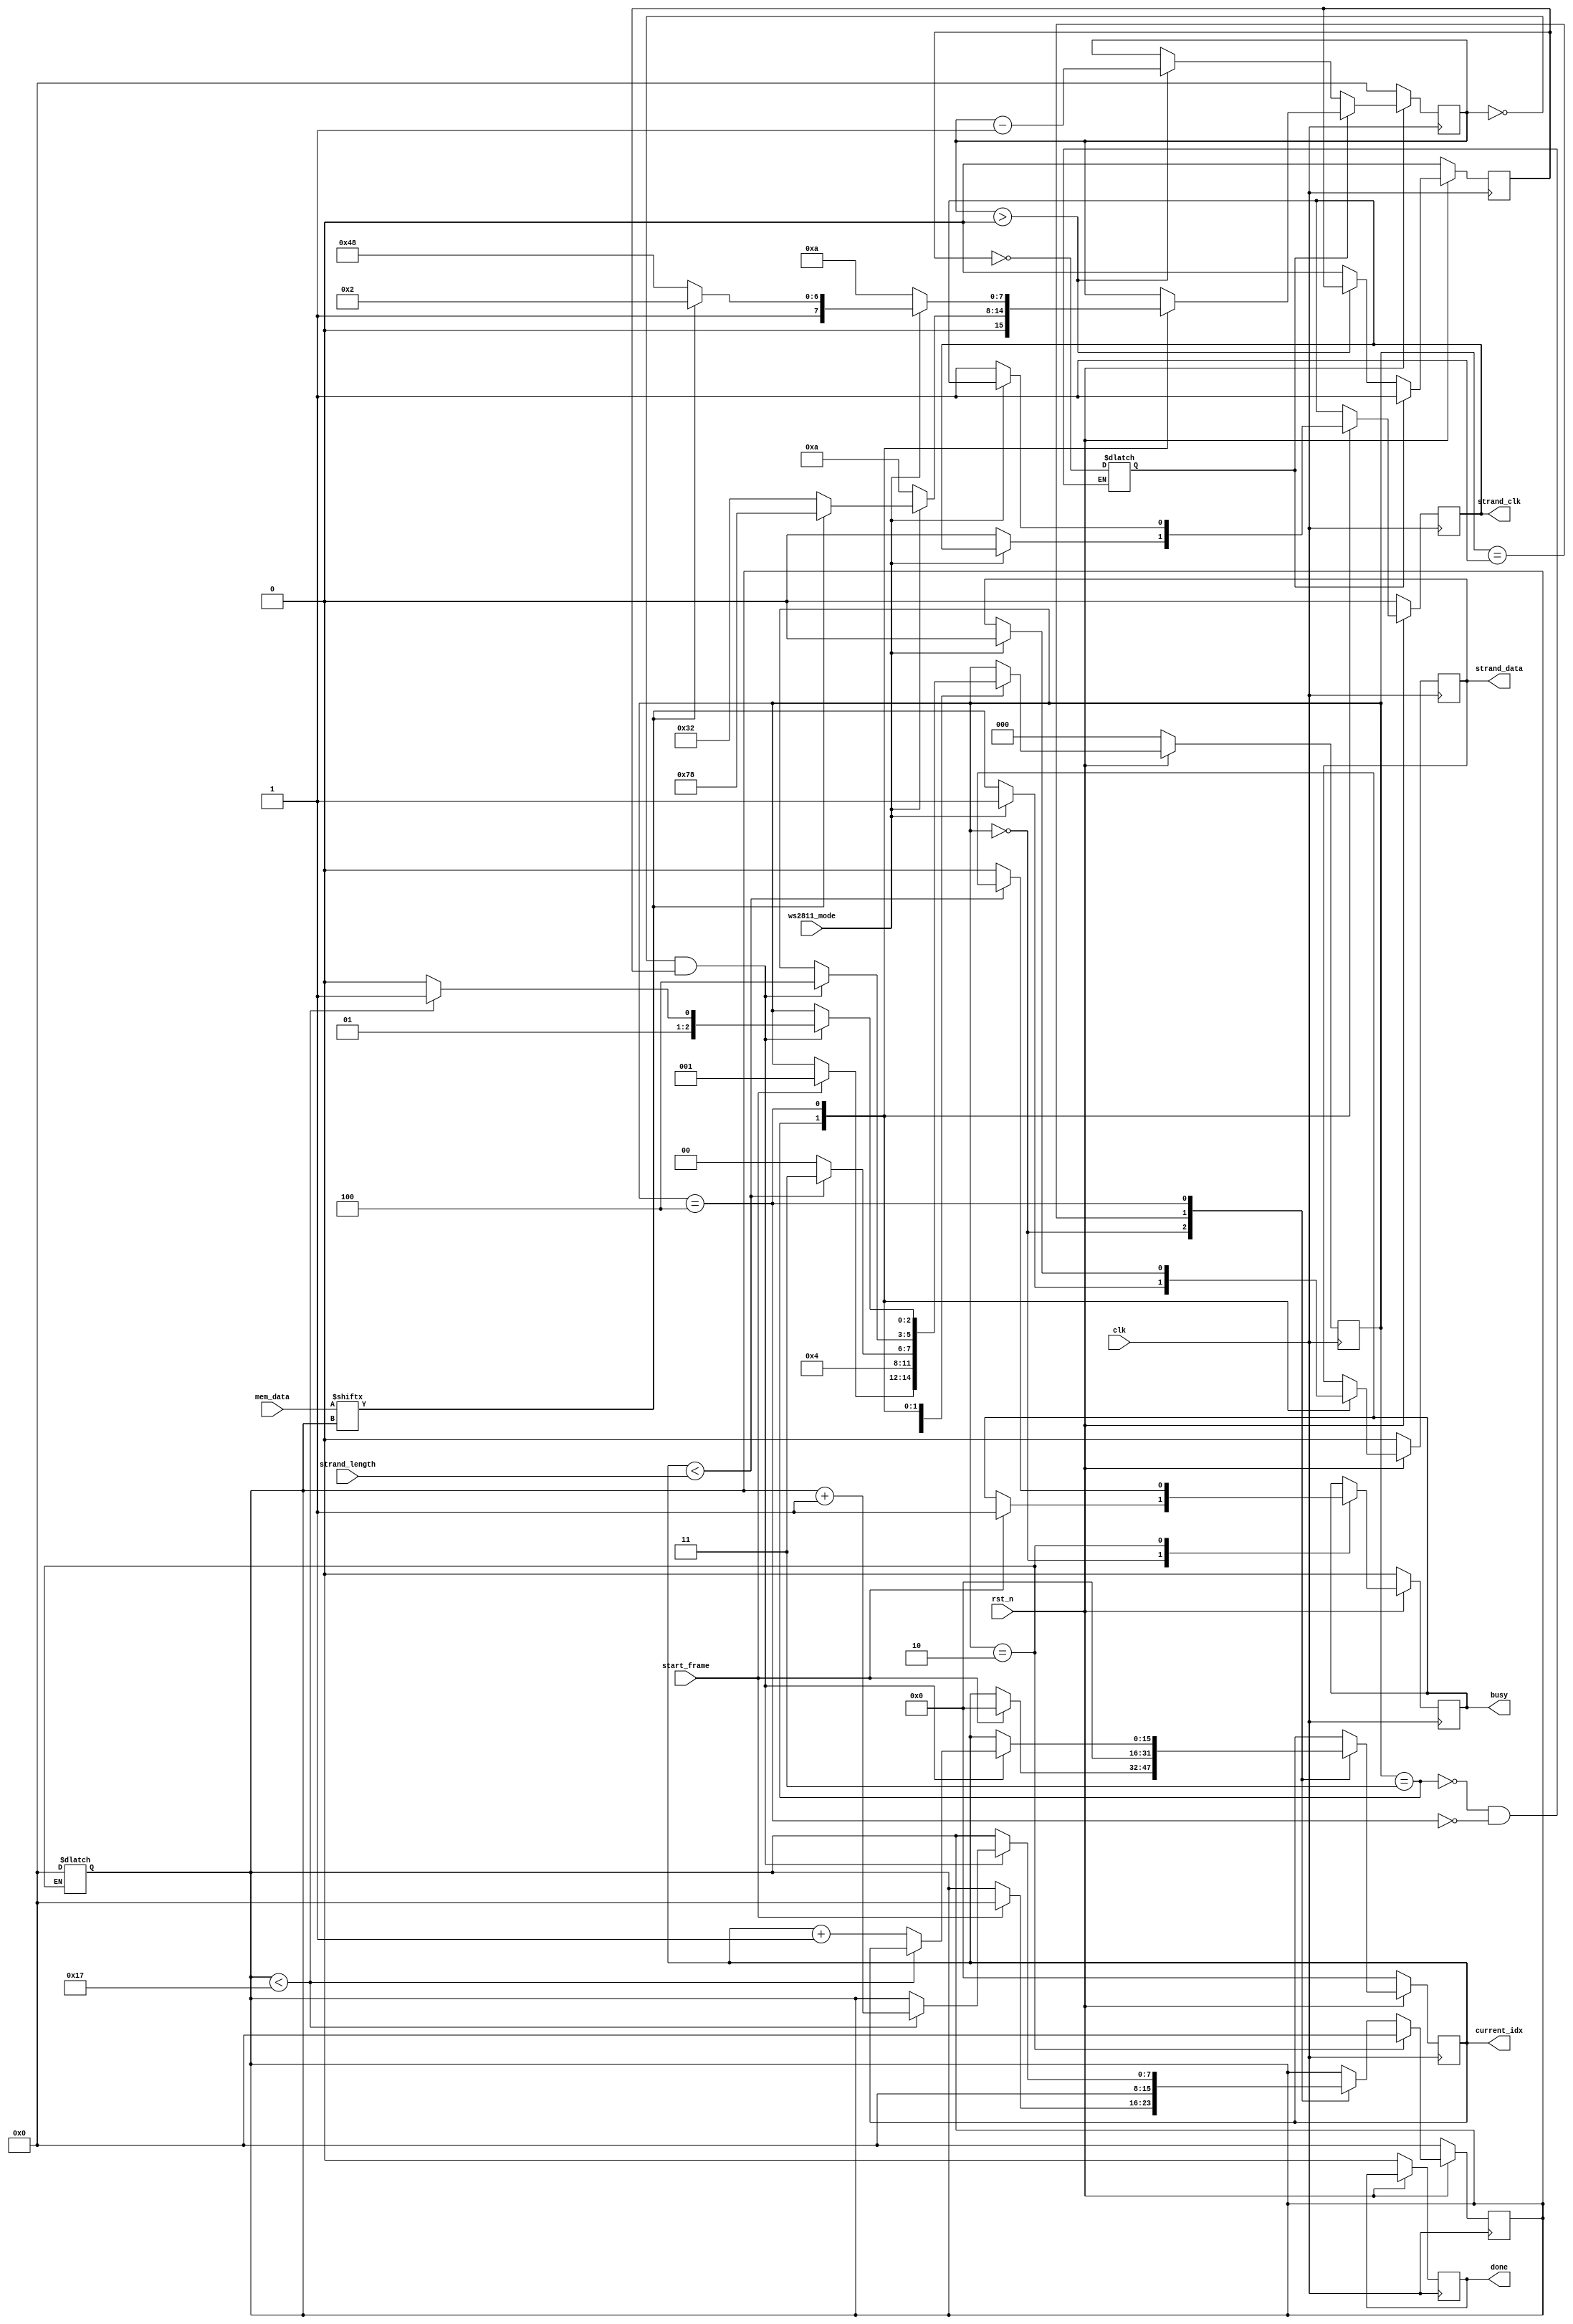
module strand_driver (
    clk,
    rst_n,
    ws2811_mode,
    strand_length,
    current_idx,
    mem_data,
    start_frame,
    busy,
    done,
    strand_clk,
    strand_data
    );

    parameter MEM_DATA_WIDTH = 24;
    parameter STRAND_PARAM_WIDTH = 16;

    input clk;
    input rst_n;

    // Parameter inputs (from registers)
    input ws2811_mode;
    input [STRAND_PARAM_WIDTH-1:0] strand_length;

    // Current pixel index (used to control the pixel RAM)
    output reg [STRAND_PARAM_WIDTH-1:0] current_idx;

    // Data in from the pixel RAM
    input [MEM_DATA_WIDTH-1:0] mem_data;

    // Toggle high to begin the state machine
    input start_frame;

    // Control outputs
    output reg busy;
    output reg done;

    // Outputs to IOB
    output reg strand_clk;
    output reg strand_data;

    // Locals
    reg [7:0] counter;
    reg [7:0] counter_preset;
    reg [7:0] bit_position;
    reg [2:0] current_state;
    reg [2:0] next_state;
    reg [MEM_DATA_WIDTH-1:0] current_data;
    reg strand_clk_i;
    reg strand_data_i;
    reg busy_i;
    reg [7:0] bit_position_i;
    reg [STRAND_PARAM_WIDTH-1:0] current_idx_i;
    reg counter_set_i;
    reg counter_running;

    wire words_to_decode;
    wire current_bit;

    // FSM
    localparam  STATE_IDLE = 3'b000,
                STATE_START = 3'b001,
                STATE_UNPACK = 3'b010,
                STATE_DECODE_1 = 3'b011,
                STATE_DECODE_2 = 3'b100;

    // Output timing
    localparam  T1H = 8'd120,  // WS2811 1-bit high period
                T1L = 8'd130,
                T0H = 8'd50,
                T0L = 8'd200,
                TRESET = 8'd255,
                TCLKDIV2 = 8'd10;

    // State machine
    always @(posedge clk) begin
        if (rst_n == 1'b0) begin
            current_idx <= { STRAND_PARAM_WIDTH {1'b0} };
            current_data <= { MEM_DATA_WIDTH {1'b0} };
            busy <= 1'b0;
            done <= 1'b0;
            strand_clk <= 1'b0;
            strand_data <= 1'b0;
            counter <= {8 {1'b0} };
            bit_position <= {8 {1'b0} };
            current_state <= STATE_IDLE;
            counter_running <= 1'b0;
        end
        else begin
            busy <= busy_i;
            current_idx <= current_idx_i;

            strand_clk <= strand_clk_i;
            strand_data <= strand_data_i;
            
            // Latch the new data word
            if (current_state == STATE_UNPACK) begin
                current_data <= mem_data;
                bit_position <= {8 {1'b0} };
            end else begin
                bit_position <= bit_position_i;
            end

            // Manage the timing counter
            if (counter_set_i == 1'b1) begin
                counter <= counter_preset;
                counter_running <= 1'b1;
            end else begin
                if (counter > 0) begin
                    counter <= counter - 1;
                end else begin
                    counter_running <= 1'b0;
                end
            end

            current_state <= next_state;
        end
    end

    assign words_to_decode = (current_idx < strand_length);
    assign current_bit = mem_data[bit_position];

    // Next state process
    always @(*) begin
        next_state = current_state;
        strand_data_i = strand_data;
        strand_clk_i = strand_clk;
        counter_preset = counter;
        busy_i = busy;
        bit_position_i = bit_position;
        current_idx_i = current_idx;

        case (current_state)
            STATE_IDLE: begin
                // Start transmission
                if (start_frame == 1'b1) begin
                    next_state = STATE_START;
                    busy_i = 1'b1;
                    current_idx_i = { STRAND_PARAM_WIDTH {1'b0} };
                    bit_position_i = {8 {1'b0} };
                end
            end
            STATE_START: begin
                // Perform any one-time initialization
                // TODO: does this need to exist?
                current_idx_i = { STRAND_PARAM_WIDTH {1'b0} };
                bit_position_i = {8 {1'b0} };
                next_state = STATE_UNPACK;
            end
            STATE_UNPACK: begin
                // Grab the next pixel word
                if (words_to_decode == 1'b1) begin
                    next_state = STATE_DECODE_1;
                end else begin
                    next_state = STATE_IDLE;
                    busy_i = 0;
                end

                // Reset the bit position counter at the beginning of each word
                bit_position = {8 {1'b0} };
            end
            STATE_DECODE_1: begin
                // First output phase.
                if (ws2811_mode == 1'b1) begin
                    // WS2811? D <= 1, T <= (bit==1) ? T1H : T0H
                    if (current_bit == 1'b1) begin
                        counter_preset = T1H;
                    end else begin
                        counter_preset = T0H;
                    end
                    strand_data_i = 1'b1;
                end else begin
                    // WS2812? D <= bit, C <= 0, T <= TCLKDIV2
                    strand_data_i = mem_data[bit_position];
                    strand_clk_i = 1'b0;
                    counter_preset = TCLKDIV2;
                end

                counter_set_i = !counter_running;

                if (counter == 0 && counter_running) begin
                    next_state = STATE_DECODE_2;
                end
            end
            STATE_DECODE_2: begin
                // Second output phase.
                // WS2811? D <= 0, T <= (bit==1) ? T1L: T0L
                // WS2812? C <= 0, T <= TCLKDIV2
                if (ws2811_mode == 1'b1) begin
                    if (mem_data[bit_position] == 1'b1) begin
                        counter_preset = T1L;
                    end else begin
                        counter_preset = T0L;
                    end
                    strand_data_i = 1'b0;
                end else begin
                    // Toggle the clock high; data remains the same
                    strand_data_i = strand_data;
                    strand_clk_i = 1'b1;
                    counter_preset = TCLKDIV2;
                end

                // Advance the bit index
                if (counter == 0 && counter_running) begin
                    if (bit_position < 8'd23) begin
                        next_state = STATE_DECODE_1;
                        bit_position_i = bit_position + 1;
                    end else begin
                        next_state = STATE_UNPACK;
                        current_idx_i = current_idx + 1;
                    end
                end

                counter_set_i = !counter_running;
            end
        endcase
    end

 endmodule